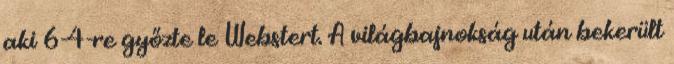
aki 6-4-re győzte le Webstert. A világbajnokság után bekerült